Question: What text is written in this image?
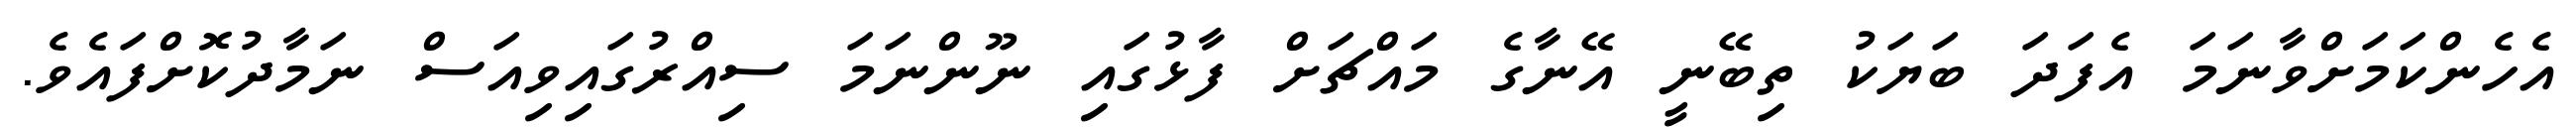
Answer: އެހެންކަމަށްވާނަމަ އެފަދަ ބަޔަކު ތިބޭނީ އޭނާގެ މައްޗަށް ފާޅުގައި ނޫންނަމަ ސިއްރުގައިވިއަސް ނަމާދުކޮށްފައެވެ.